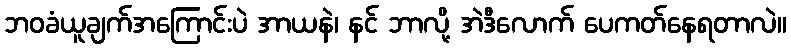
ဘဝခံယူချက်အကြောင်းပဲ အာယနဲ၊ နင် ဘာလို့ အဲဒီလောက် ပေကတ်နေရတာလဲ။